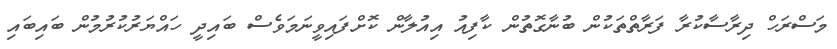
މަސްރަހް ދިރާސާކުރާ ފަރާތްތަކުން ބުނާގޮތުން ކާފިއު އިއުލާން ކޮށްފައިވީނަމަވެސް ބައިދީ ހައްޔަރުކުރުމުން ބައިބައި